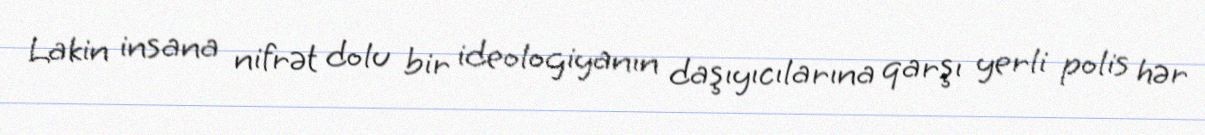
Lakin insana nifrət dolu bir ideologiyanın daşıyıcılarına qarşı yerli polis hər